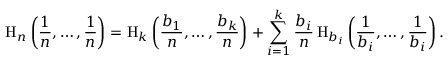
\mathrm { H } _ { n } \left( { \frac { 1 } { n } } , \ldots , { \frac { 1 } { n } } \right) = \mathrm { H } _ { k } \left( { \frac { b _ { 1 } } { n } } , \ldots , { \frac { b _ { k } } { n } } \right) + \sum _ { i = 1 } ^ { k } { \frac { b _ { i } } { n } } \, \mathrm { H } _ { b _ { i } } \left( { \frac { 1 } { b _ { i } } } , \ldots , { \frac { 1 } { b _ { i } } } \right) .